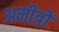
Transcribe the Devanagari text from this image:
अमीत्रों